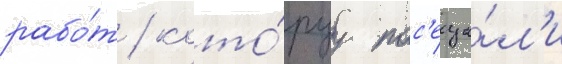
рабо́т / кото́руу пос'еща́л'и